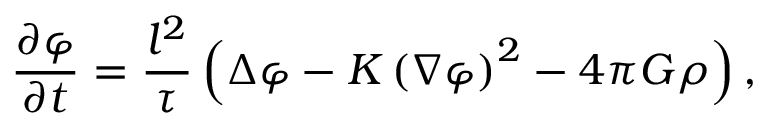
\frac { \partial \varphi } { \partial t } = \frac { l ^ { 2 } } { \tau } \left( \Delta \varphi - K \left( \nabla \varphi \right) ^ { 2 } - 4 \pi G \rho \right) ,